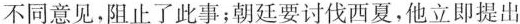
不同意见，阻止了此事；朝廷要讨伐西夏，他立即提出